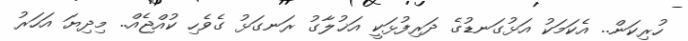
ހުރިކަން.. އެކަމަކު އަޅުގަނޑުގެ ދަރިފުޅަކީ އަޚުލާގު ރަނގަޅު ގެވެހި ކުއްޖެއް.. މިދިޔަ އަހަރު